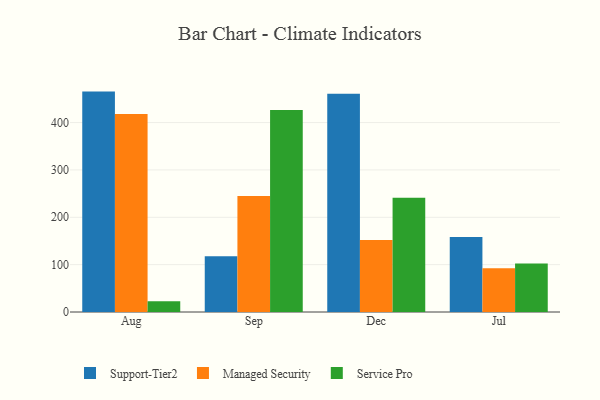
{"axis": {"x": "Month", "y": "Temperature (°C)"}, "legend": ["Managed Security", "Service Pro", "Support-Tier2"], "data": [{"x": "Aug", "y": 465.4, "type": "Support-Tier2"}, {"x": "Aug", "y": 418.1, "type": "Managed Security"}, {"x": "Aug", "y": 22.7, "type": "Service Pro"}, {"x": "Sep", "y": 117.8, "type": "Support-Tier2"}, {"x": "Sep", "y": 244.7, "type": "Managed Security"}, {"x": "Sep", "y": 426.4, "type": "Service Pro"}, {"x": "Dec", "y": 461.0, "type": "Support-Tier2"}, {"x": "Dec", "y": 151.9, "type": "Managed Security"}, {"x": "Dec", "y": 241.0, "type": "Service Pro"}, {"x": "Jul", "y": 158.2, "type": "Support-Tier2"}, {"x": "Jul", "y": 92.3, "type": "Managed Security"}, {"x": "Jul", "y": 102.2, "type": "Service Pro"}]}